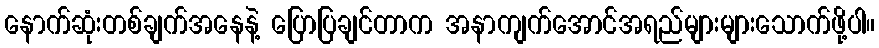
နောက်ဆုံးတစ်ချက်အနေနဲ့ ပြောပြချင်တာက အနာကျက်အောင်အရည်များများသောက်ဖို့ပါ။